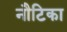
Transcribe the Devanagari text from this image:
नौटिका